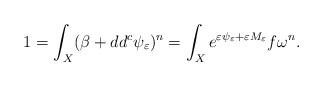
LaTeX: \begin{align*}1 = \int_X (\beta + dd^c \psi_\varepsilon)^n = \int_X e^{\varepsilon \psi_\varepsilon + \varepsilon M_\varepsilon} f \omega^n.\end{align*}